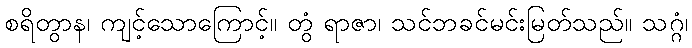
စရိတွာန၊ ကျင့်သောကြောင့်။ တွံ ရာဇာ၊ သင်ဘခင်မင်းမြတ်သည်။ သဂ္ဂံ၊